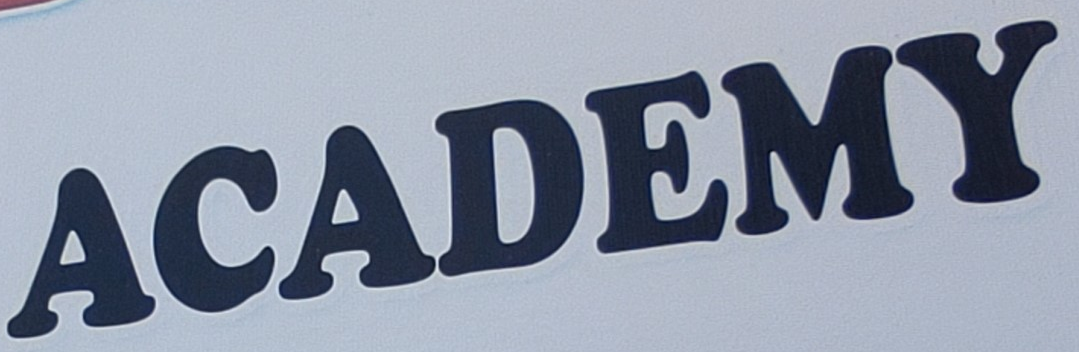
ACADEMY